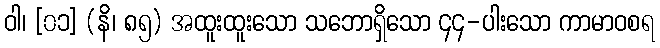
ဝါ၊ [၀၁] (နိ၊ ၈၅) အထူးထူးသော သဘောရှိသော ၄၄-ပါးသော ကာမာဝစရ